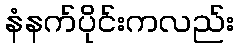
နံနက်ပိုင်းကလည်း